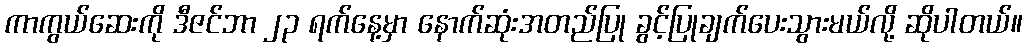
ကာကွယ်ဆေးကို ဒီဇင်ဘာ ၂၃ ရက်နေ့မှာ နောက်ဆုံးအတည်ပြု ခွင့်ပြုချက်ပေးသွားမယ်လို့ ဆိုပါတယ်။